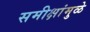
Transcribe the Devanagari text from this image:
समीक्षांमुळे